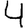
Digit: 4